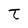
Character: t